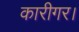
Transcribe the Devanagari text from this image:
कारीगर।